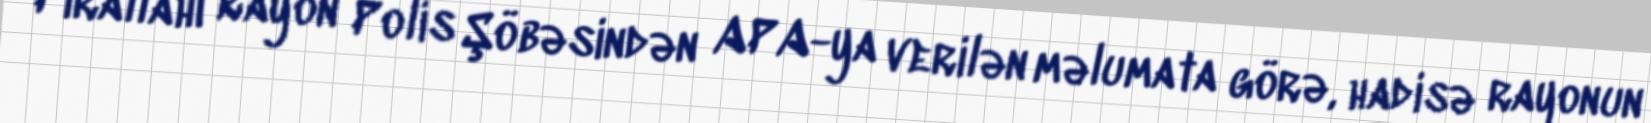
Pirallahı Rayon Polis Şöbəsindən APA-ya verilən məlumata görə, hadisə rayonun